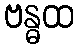
ဗန္ဓထ